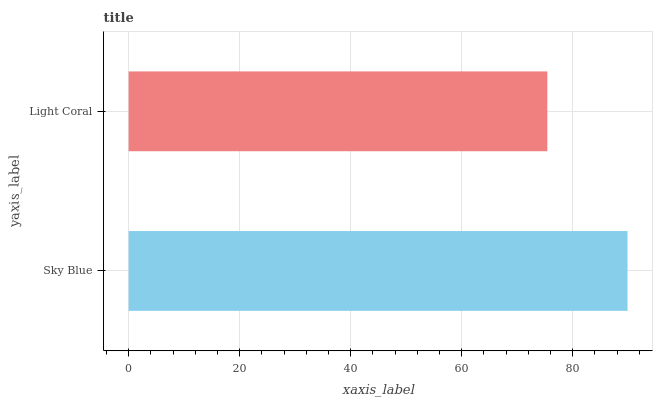
| yaxis_label | bars |
 | --- | --- |
 | Sky Blue | 89.9 |
 | Light Coral | 75.4 |